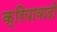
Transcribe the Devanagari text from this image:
क्रियावादी